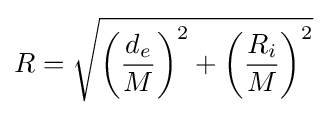
R={\sqrt {{\left({d_{e} \over M}\right)^{2}}+{\left({R_{i} \over M}\right)^{2}}}}